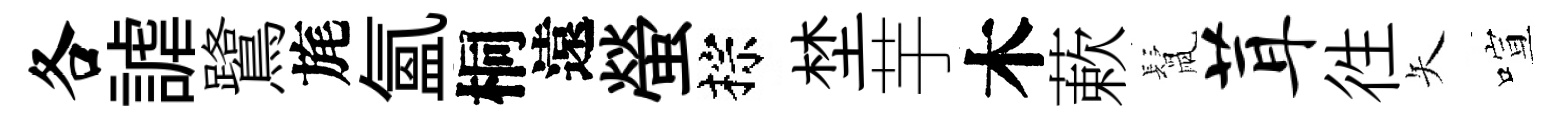
各謔鷺旄氲桐遠螢棕埜芋木蔌鬛茸徃矢喧